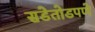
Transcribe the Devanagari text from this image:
सडेतोडपणे